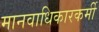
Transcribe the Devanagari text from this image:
मानवाधिकारकर्मी